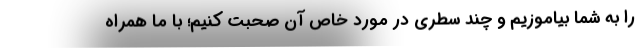
را به شما بیاموزیم و چند سطری در مورد خاص آن صحبت کنیم؛ با ما همراه